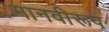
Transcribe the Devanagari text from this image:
मानवीरूप